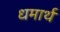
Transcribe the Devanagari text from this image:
धमार्थ